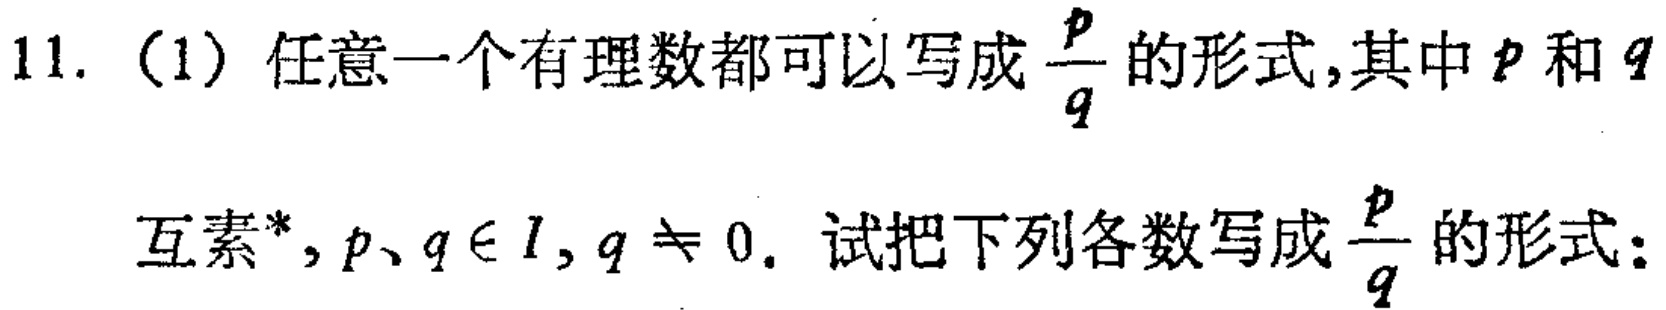
11. (1) 任意一个有理数都可以写成$\frac{p}{q}$的形式,其中$p$和$q$
互素*, $p、q\in I$, $q\neq 0$. 试把下列各数写成$\frac{p}{q}$的形式: